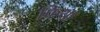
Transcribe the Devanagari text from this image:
फिथा